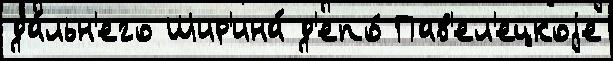
да́льн'его Шир'ина́ д'епо́ Пав'ел'ецкоjе